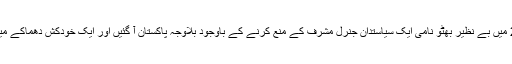
دسمبر 2007 میں بے نظیر بھٹو نامی ایک سیاستدان جنرل مشرف کے منع کرنے کے باوجود بلاوجہ پاکستان آ گئیں اور ایک خودکش دھماکے میں ماری گئیں۔